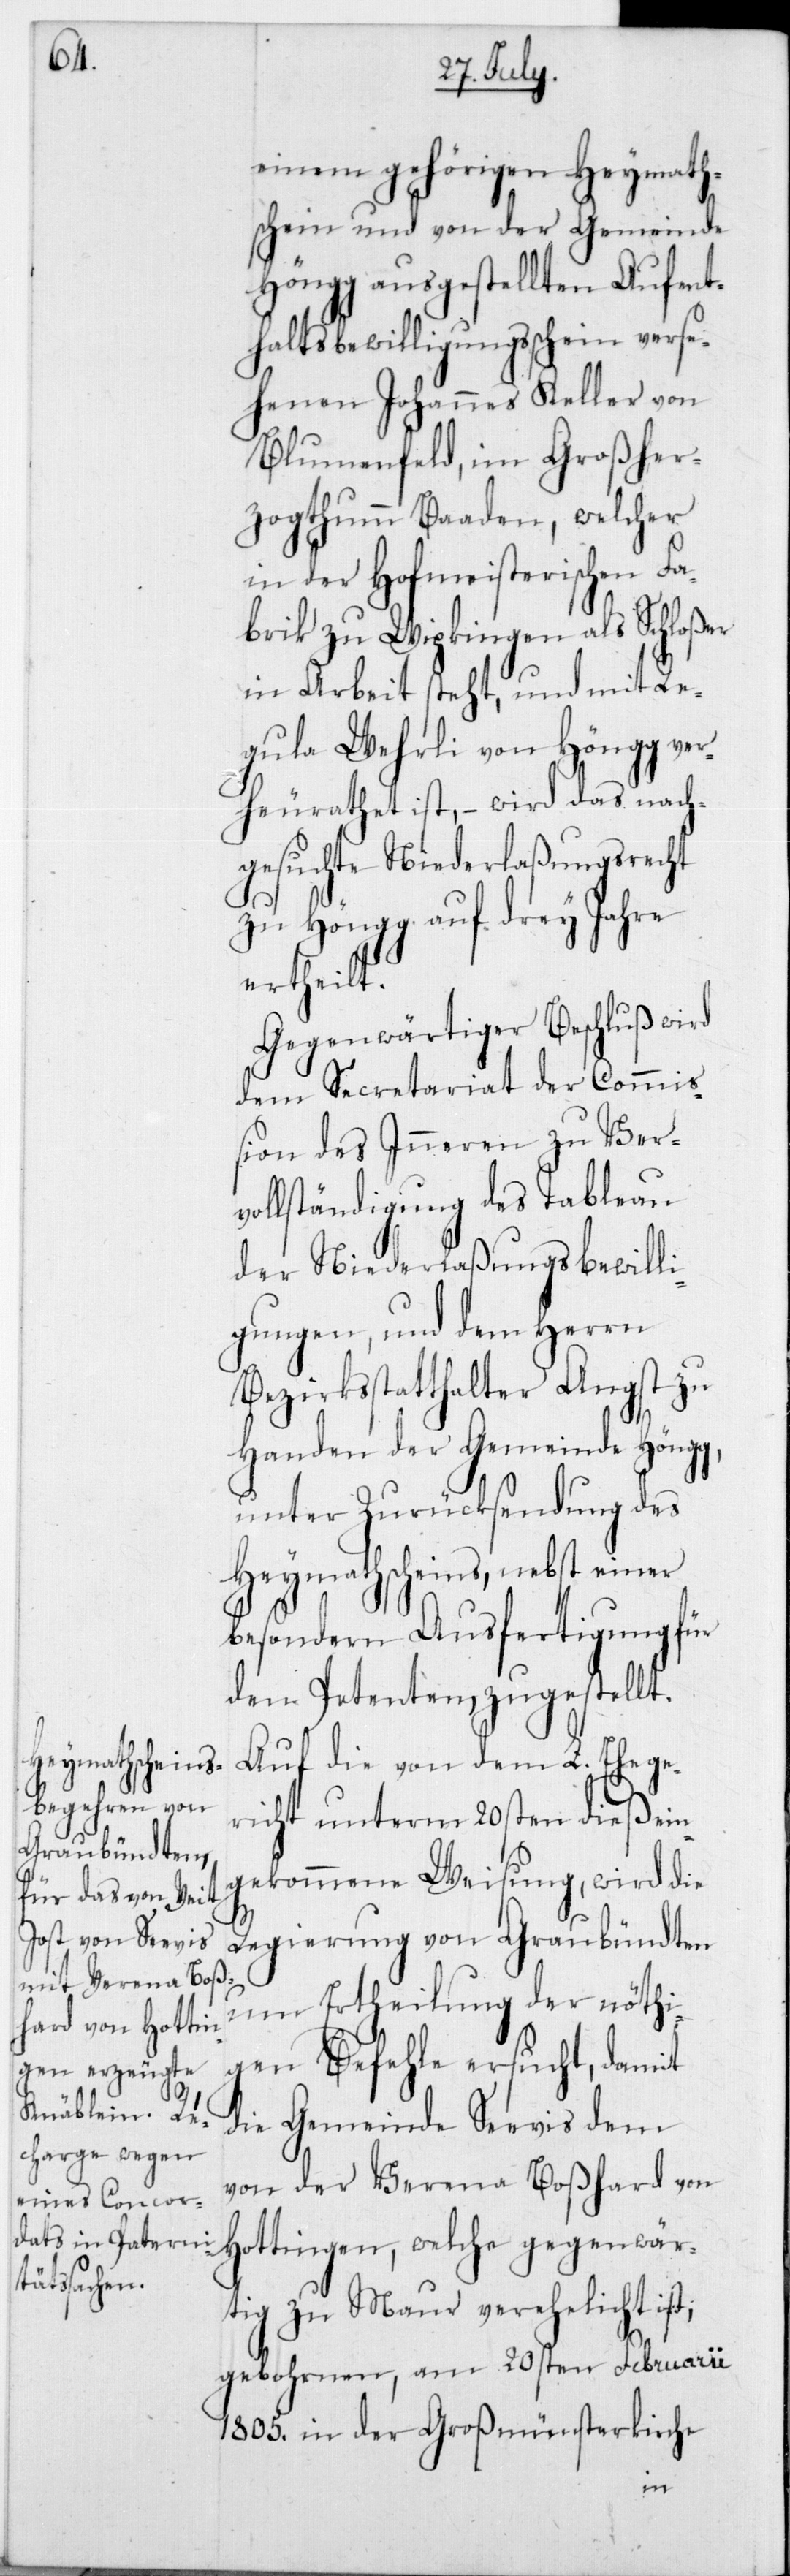
einem gehörigen Heymath¬
schein und von der Gemeinde
Höngg ausgestellten Aufent¬
haltsbewilligungsschein verse¬
henen Johannes Keller von
Blumenfeld, im Großher¬
zogthumm Baaden, welcher
in der Hofmeisterischen Fa¬
brik zu Wipkingen als Schloßer
in Arbeit steht, und mit Re¬
gula Wehrli von Höngg ver¬
heurathet ist, – wird das nach¬
gesuchte Niederlaßungsrecht
zu Höngg auf drey Jahre
ertheilt.
Gegenwärtiger Beschluß wird
dem Secretariat der Commi¬
ßion des Inneren zu Ver¬
vollständigung des Tableau
der Niederlaßungsbewilli¬
gungen, und dem Herrn
Bezirksstatthalter Angst zu
Handen der Gemeinde Höngg,
unter Zurücksendung des
Heymathscheins, nebst einer
besonderen Ausfertigung für
den Petenten, zugestellt.
Auf die von dem L. Ehege¬
richt unterm 20sten dieß ein¬
gekommene Weisung, wird die
Regierung von Graubündten
um Ertheilung der nöthi¬
gen Befehle ersucht, damit
die Gemeinde Seevis dem
von der Verena Boßhard von
Hottingen, welche gegenwär¬
tig zu Maur verehelicht ist,
gebohrnen, am 20sten Februarii
1805 in der Großmünsterkirche